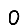
Digit: 0